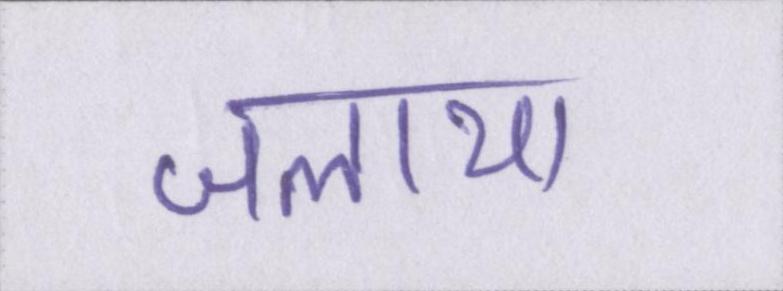
जलाया